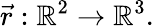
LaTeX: {\vec{r}}:{\mathbb{R}}^{2}\rightarrow{\mathbb{R}}^{3}.